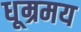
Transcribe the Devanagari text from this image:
धूम्रमय